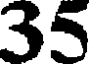
35